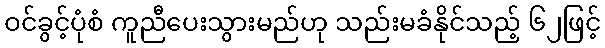
ဝင်ခွင့်ပုံစံ ကူညီပေးသွားမည်ဟု သည်းမခံနိုင်သည့် ၆၂ဖြင့်